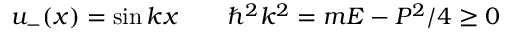
u _ { - } ( x ) = \sin k x \qquad \hbar ^ { 2 } k ^ { 2 } = m E - P ^ { 2 } / 4 \ge 0